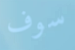
سوف